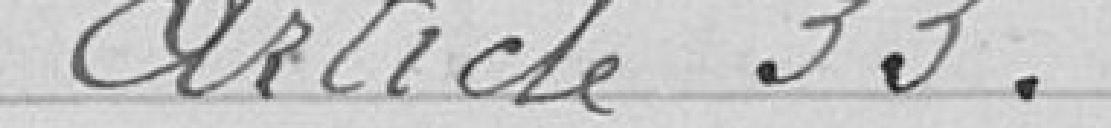
Article 33.